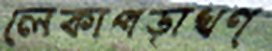
লেকাপড়াখণ্